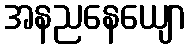
အနညနေယျော